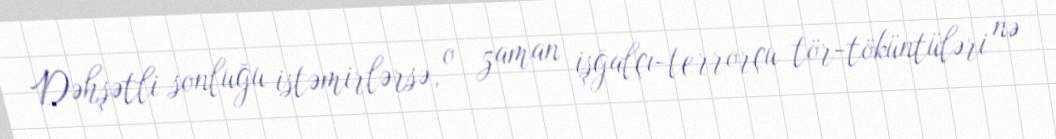
Dəhşətli sonluğu istəmirlərsə, o zaman işğalçı-terrorçu tör-töküntüləri nə